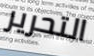
التحرير